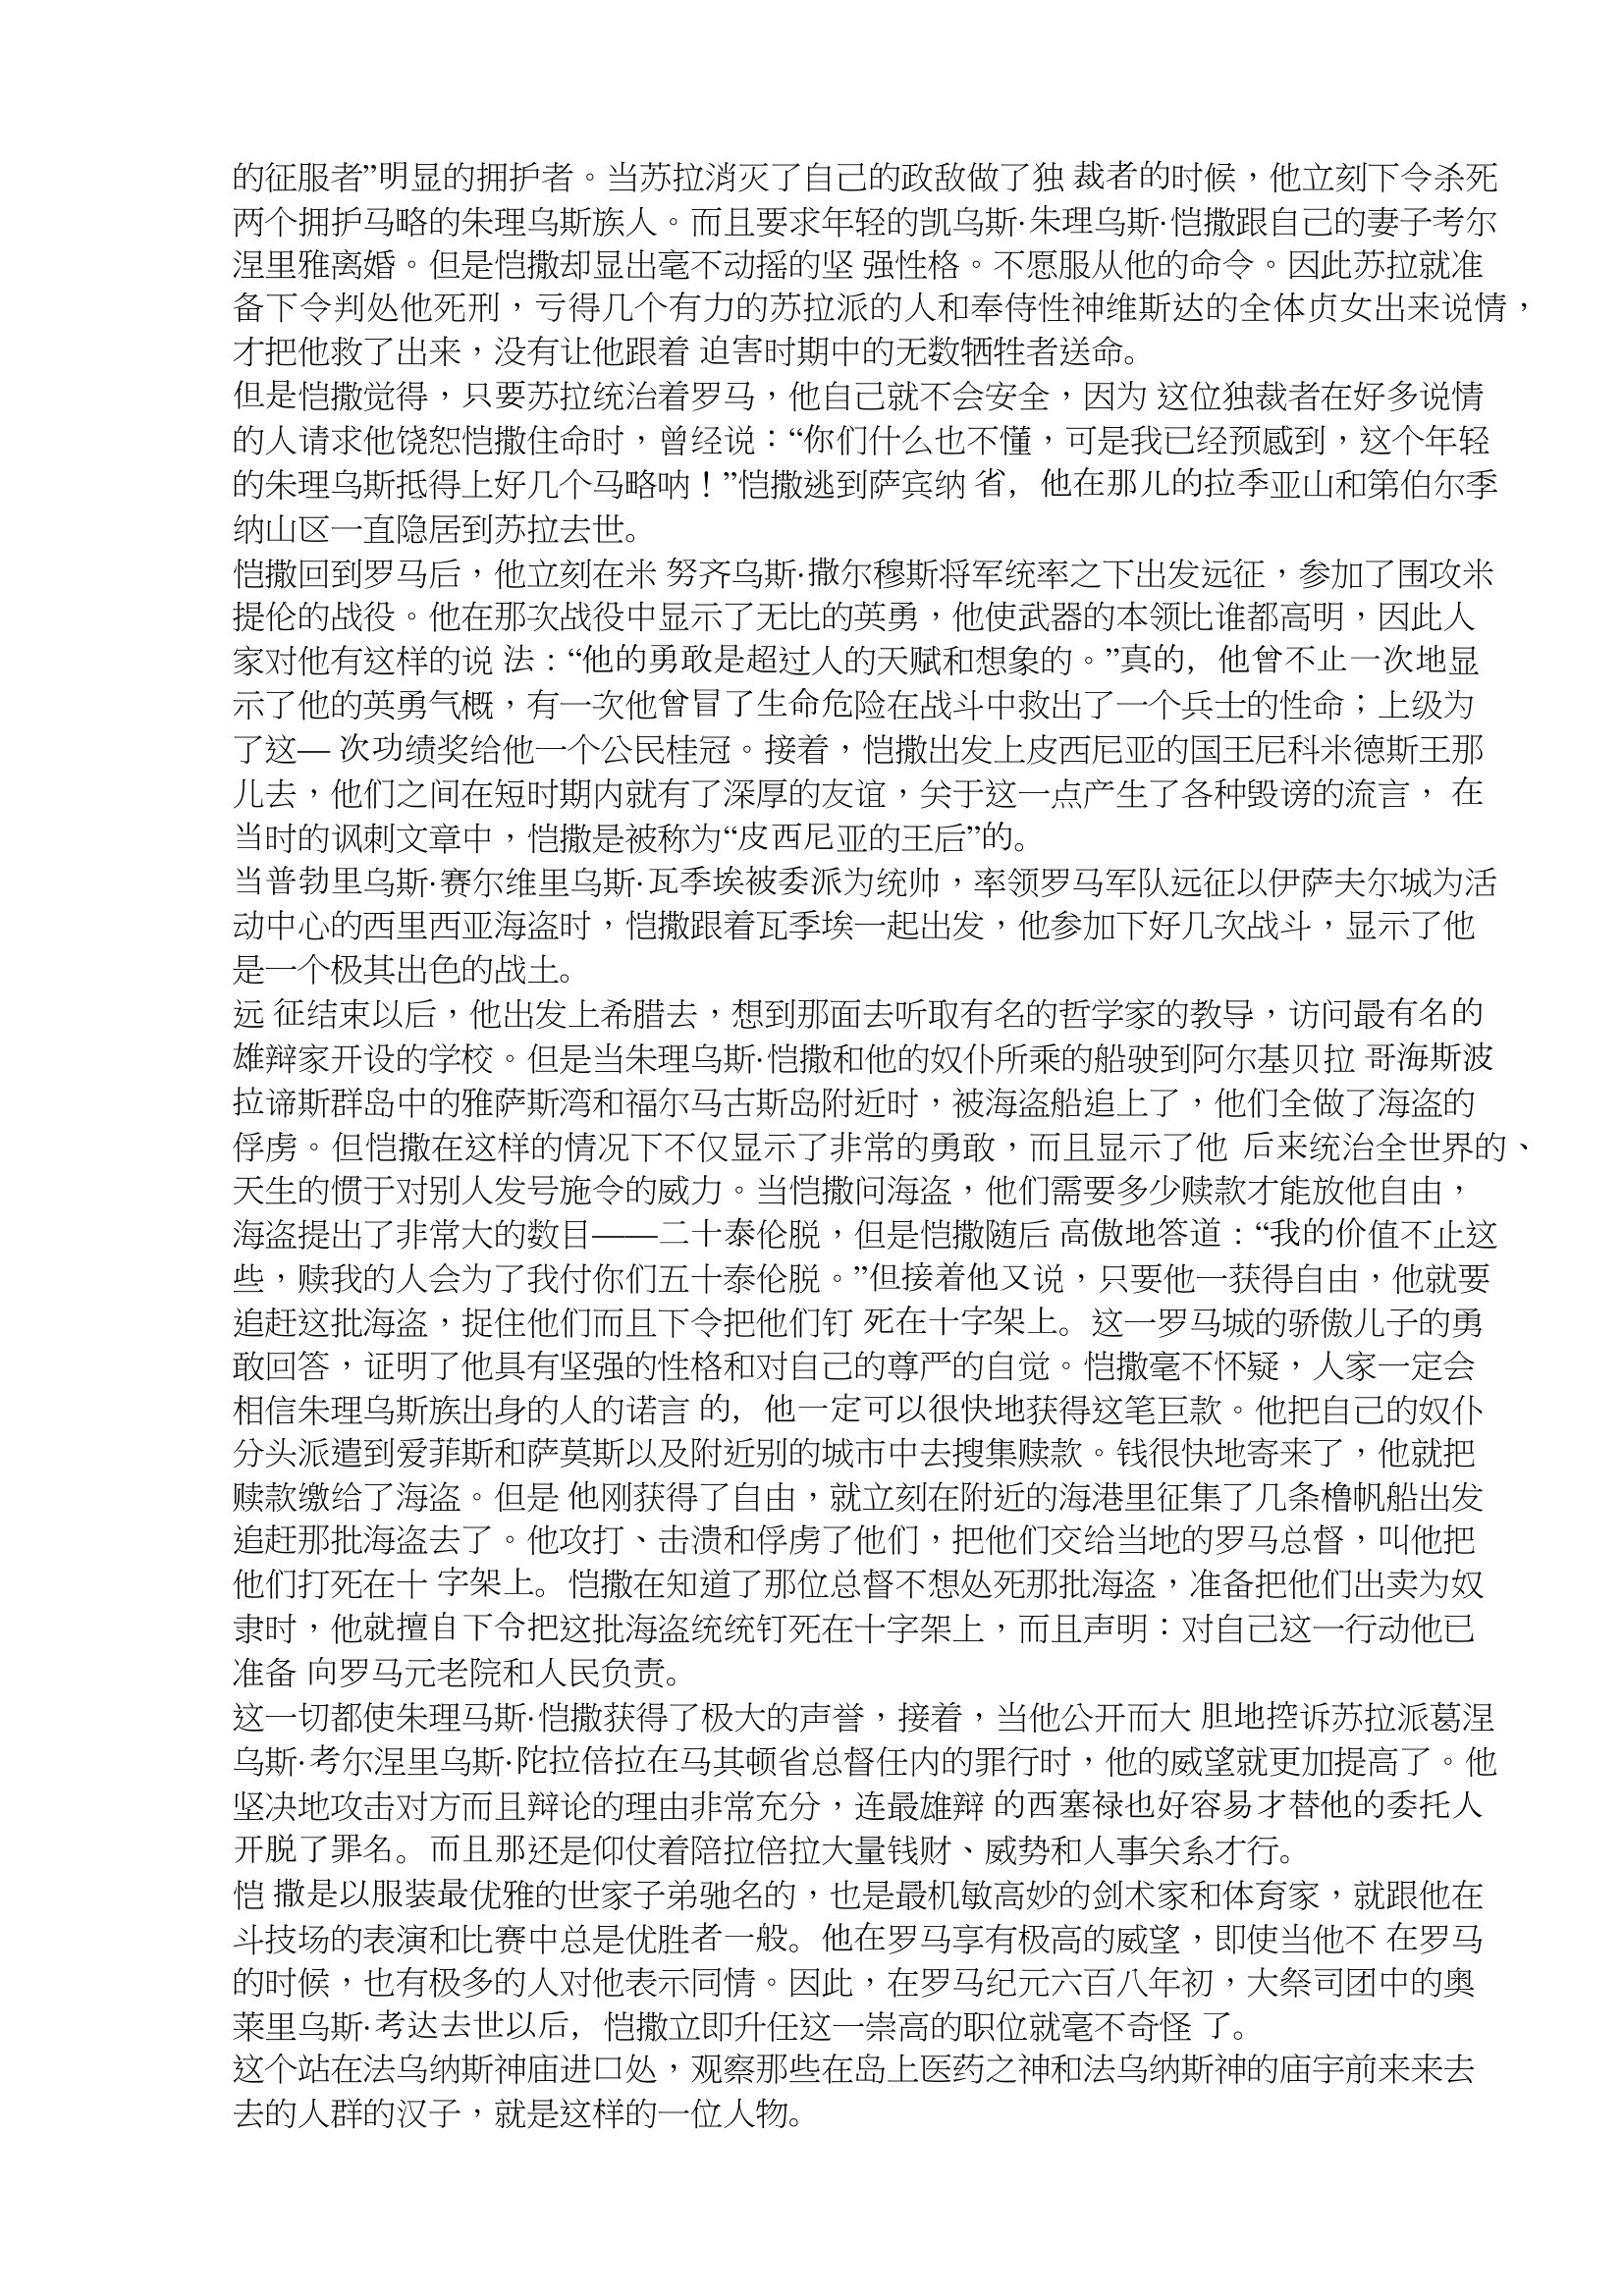
Language: zh